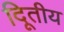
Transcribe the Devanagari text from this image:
दिूतीय